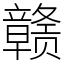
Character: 赣